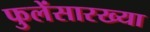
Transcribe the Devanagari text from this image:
फुलेंसारख्या